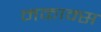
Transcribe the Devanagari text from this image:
मकाक्स